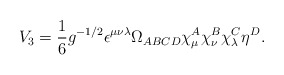
\begin{align*}V_3=\frac{1}{6}g^{-1/2}\epsilon^{\mu\nu\lambda} \Omega_{ABCD}\chi_\mu^A\chi_\nu^B\chi_\lambda^C\eta^D. \end{align*}